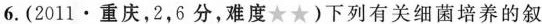
6.(2011·重庆，2，6分，难度★★)下列有关细菌培养的叙